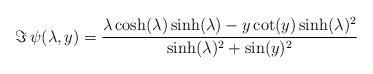
LaTeX: \begin{align*}\Im\,\psi(\lambda,y) =\frac{\lambda\cosh(\lambda)\sinh(\lambda)-y\cot(y)\sinh(\lambda)^2}{\sinh(\lambda)^2+\sin(y)^2}\end{align*}